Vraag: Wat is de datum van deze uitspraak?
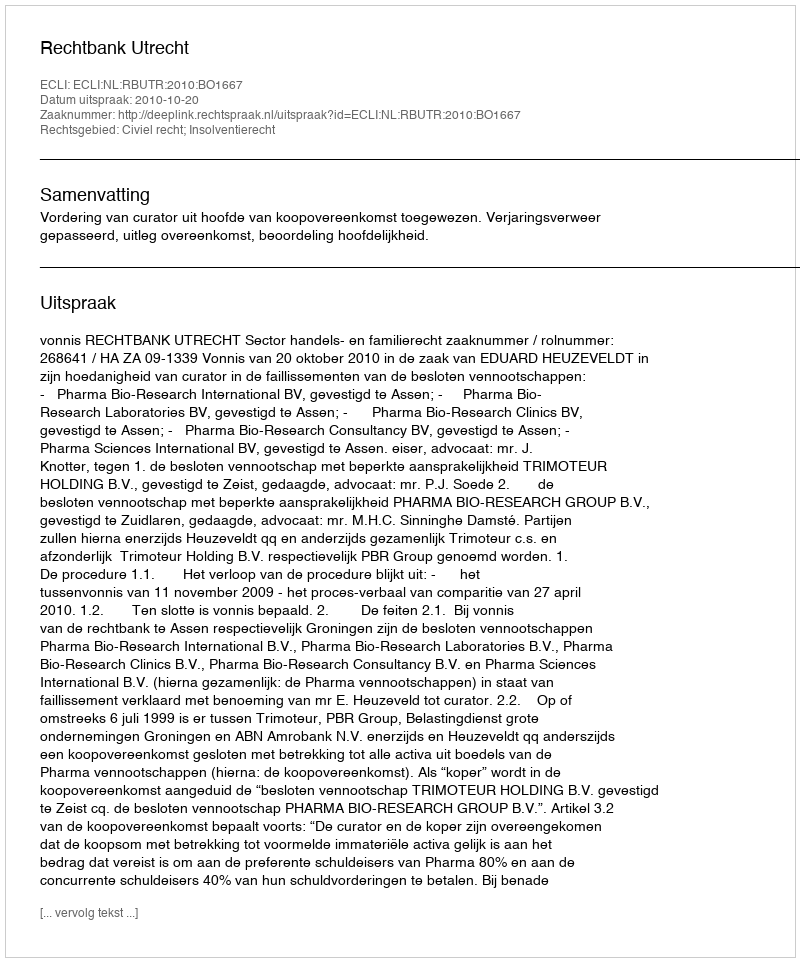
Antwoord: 2010-10-20